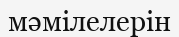
мәмілелерін